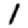
Digit: 1